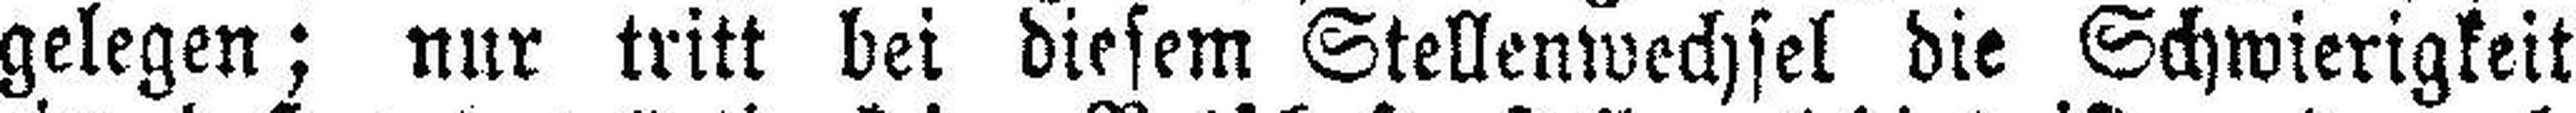
gelegen; nur tritt bei diesem Stellenwechsel die Schwierigkeit